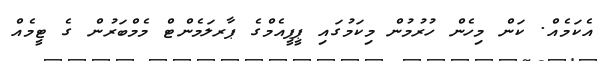
އެކަމެއް. ކަން މިހެން ހުރުމުން މިކަމުގައި ޕީޕީއެމްގެ ޕާރލަމެންޓް މެމްބަރުން ގެ ޓީމެއް